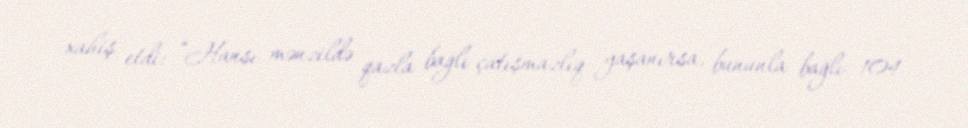
xahiş etdi: “Hansı mənzildə qazla bağlı çatışmazlıq yaşanırsa, bununla bağlı 104